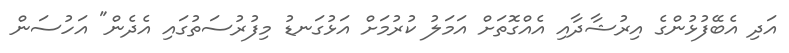
އަދި އެބޭފުޅުންގެ އިރުޝާދާއި އެއްގޮތަށް އަމަލު ކުރުމަށް އަޅުގަނޑު މިފުރުސަތުގައި އެދެން" އަހުސަން